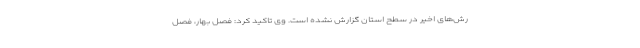
رش‌های اخیر در سطح استان گزارش نشده است. وی تاکید کرد: فصل بهار، فصل